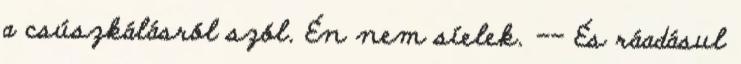
a csúszkálásról szól. Én nem síelek. -- És ráadásul